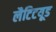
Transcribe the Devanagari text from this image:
लैटिटयूड